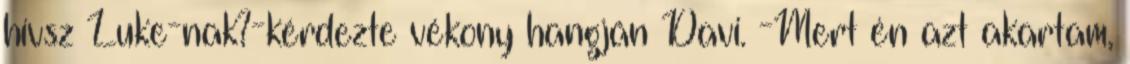
hívsz Luke-nak?-kérdezte vékony hangján Davi. -Mert én azt akartam,